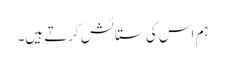
ہم اس کی ستائش کرتے ہیں۔